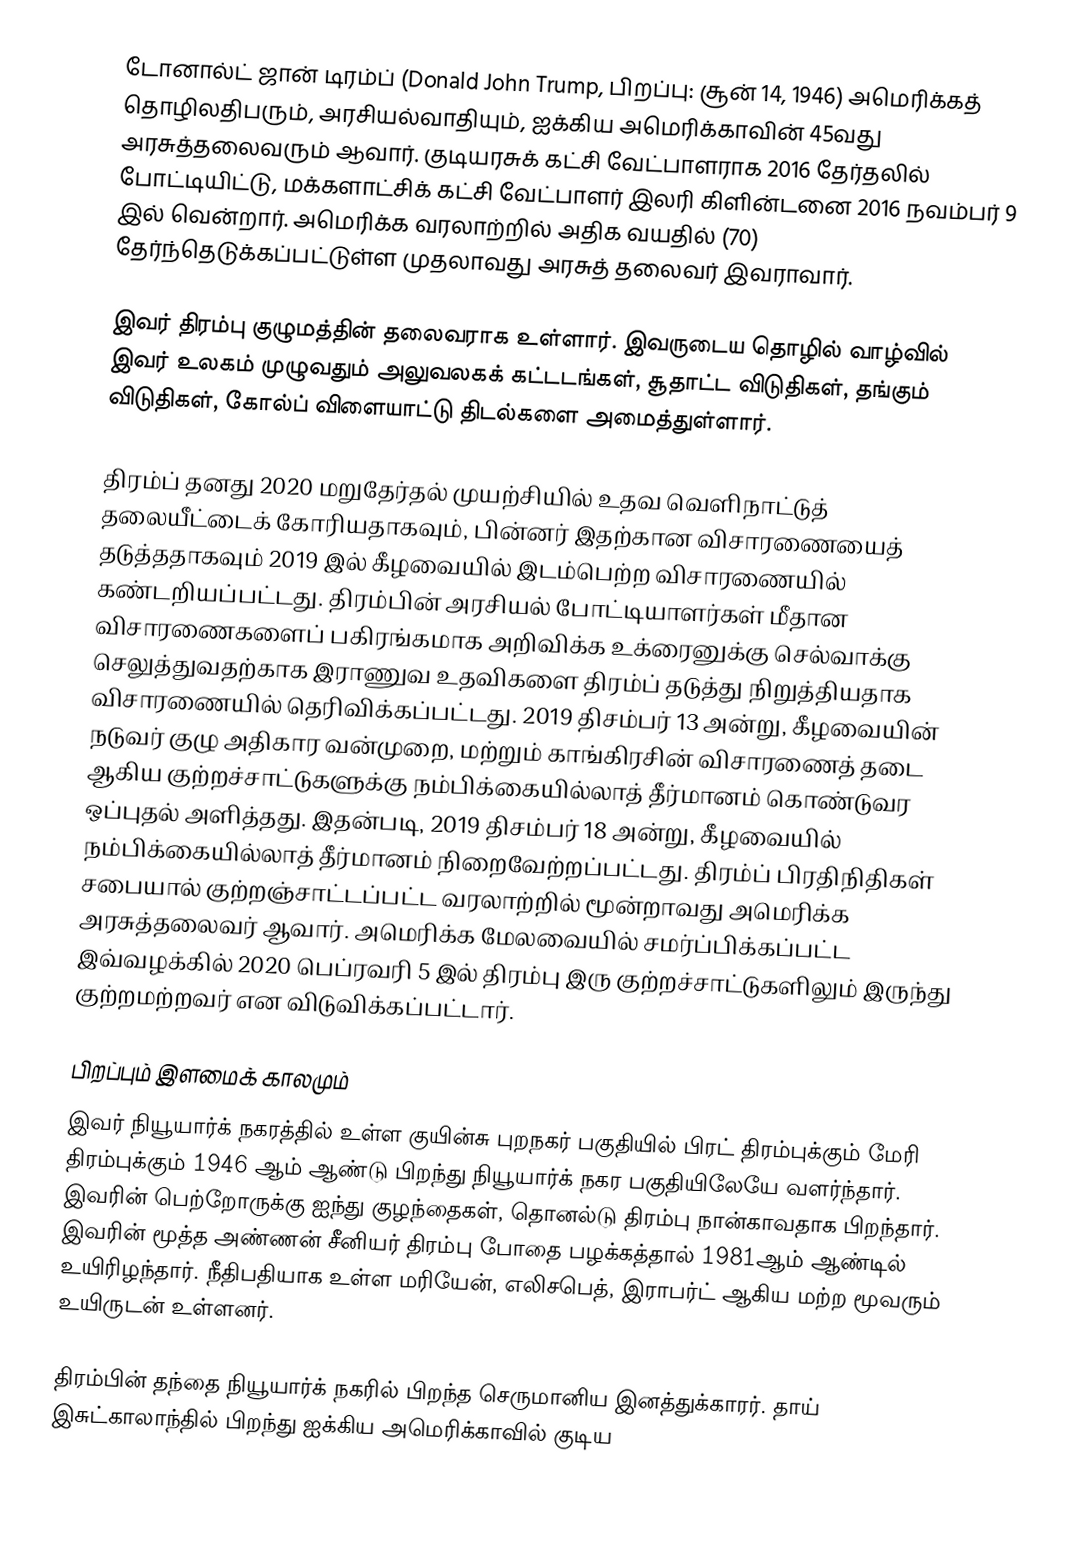
டோனால்ட் ஜான் டிரம்ப் (Donald John Trump, பிறப்பு: சூன் 14, 1946) அமெரிக்கத் தொழிலதிபரும், அரசியல்வாதியும், ஐக்கிய அமெரிக்காவின் 45வது அரசுத்தலைவரும் ஆவார். குடியரசுக் கட்சி வேட்பாளராக 2016 தேர்தலில் போட்டியிட்டு, மக்களாட்சிக் கட்சி வேட்பாளர் இலரி கிளின்டனை 2016 நவம்பர் 9 இல் வென்றார். அமெரிக்க வரலாற்றில் அதிக வயதில் (70) தேர்ந்தெடுக்கப்பட்டுள்ள முதலாவது அரசுத் தலைவர் இவராவார்.

இவர் திரம்பு குழுமத்தின் தலைவராக உள்ளார். இவருடைய தொழில் வாழ்வில் இவர் உலகம் முழுவதும் அலுவலகக் கட்டடங்கள், சூதாட்ட விடுதிகள், தங்கும் விடுதிகள், கோல்ப் விளையாட்டு திடல்களை அமைத்துள்ளார்.

திரம்ப் தனது 2020 மறுதேர்தல் முயற்சியில் உதவ வெளிநாட்டுத் தலையீட்டைக் கோரியதாகவும், பின்னர் இதற்கான விசாரணையைத் தடுத்ததாகவும் 2019 இல் கீழவையில் இடம்பெற்ற விசாரணையில் கண்டறியப்பட்டது. திரம்பின் அரசியல் போட்டியாளர்கள் மீதான விசாரணைகளைப் பகிரங்கமாக அறிவிக்க உக்ரைனுக்கு செல்வாக்கு செலுத்துவதற்காக இராணுவ உதவிகளை திரம்ப் தடுத்து நிறுத்தியதாக விசாரணையில் தெரிவிக்கப்பட்டது. 2019 திசம்பர் 13 அன்று, கீழவையின் நடுவர் குழு அதிகார வன்முறை, மற்றும் காங்கிரசின் விசாரணைத் தடை ஆகிய குற்றச்சாட்டுகளுக்கு நம்பிக்கையில்லாத் தீர்மானம் கொண்டுவர ஒப்புதல் அளித்தது. இதன்படி, 2019 திசம்பர் 18 அன்று, கீழவையில் நம்பிக்கையில்லாத் தீர்மானம் நிறைவேற்றப்பட்டது. திரம்ப் பிரதிநிதிகள் சபையால் குற்றஞ்சாட்டப்பட்ட வரலாற்றில் மூன்றாவது அமெரிக்க அரசுத்தலைவர் ஆவார். அமெரிக்க மேலவையில் சமர்ப்பிக்கப்பட்ட இவ்வழக்கில் 2020 பெப்ரவரி 5 இல் திரம்பு இரு குற்றச்சாட்டுகளிலும் இருந்து குற்றமற்றவர் என விடுவிக்கப்பட்டார்.

பிறப்பும் இளமைக் காலமும்
இவர் நியூயார்க் நகரத்தில் உள்ள குயின்சு புறநகர் பகுதியில் பிரட் திரம்புக்கும் மேரி திரம்புக்கும் 1946 ஆம் ஆண்டு பிறந்து நியூயார்க் நகர பகுதியிலேயே வளர்ந்தார். இவரின் பெற்றோருக்கு ஐந்து குழந்தைகள், தொனல்டு திரம்பு நான்காவதாக பிறந்தார். இவரின் மூத்த அண்ணன் சீனியர் திரம்பு போதை பழக்கத்தால் 1981ஆம் ஆண்டில் உயிரிழந்தார். நீதிபதியாக உள்ள மரியேன், எலிசபெத், இராபர்ட் ஆகிய மற்ற மூவரும் உயிருடன் உள்ளனர்.

திரம்பின் தந்தை நியூயார்க் நகரில் பிறந்த செருமானிய இனத்துக்காரர். தாய் இசுட்காலாந்தில் பிறந்து ஐக்கிய அமெரிக்காவில் குடிய